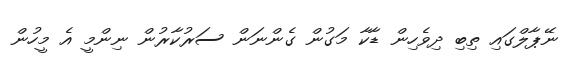
ނޭޕާލްގައި ތިބި ދިވެހިން ޑާކާ މަގުން ގެންނަން ސަރުކާރުން ނިންމީ އެ މީހުން